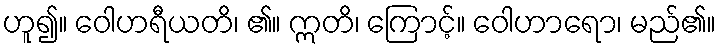
ဟူ၍။ ဝေါဟရီယတိ၊ ၏။ ဣတိ၊ ကြောင့်။ ဝေါဟာရော၊ မည်၏။